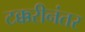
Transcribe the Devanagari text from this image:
टक्करीनंतर